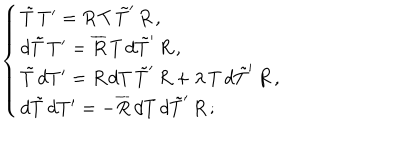
\left\{ \begin{array} { l } { { \tilde { T } \, T ^ { \prime } = R \, T \, \tilde { T } ^ { \prime } \, R \, , } } \\ { { d \tilde { T } \, T ^ { \prime } = \overline { { { R } } } \, T \, d \tilde { T } ^ { \prime } \, R \, , } } \\ { { \tilde { T } \, d T ^ { \prime } = R \, d T \, \tilde { T } ^ { \prime } \, R + \lambda \, T \, d \tilde { T } ^ { \prime } \, R \, , } } \\ { { d \tilde { T } \, d T ^ { \prime } = - \overline { { { R } } } \, d T \, d \tilde { T } ^ { \prime } \, R \, ; } } \\ \end{array} \right.